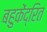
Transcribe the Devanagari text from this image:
बहुकेंद्रित